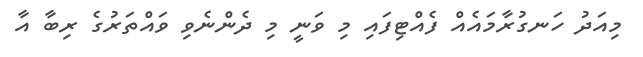
މިއަދު ހަނގުރާމައެއް ފެއްޓިފައި މި ވަނީ މި ދެންނެވި ވައްތަރުގެ ރިބާ އާ